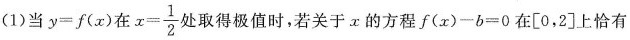
(1)当$$y=f(x)$$在$$x= \frac{1}{2}$$处取得极值时，若关于x的方程$$f(x)-b=0$$在\left [ 0,2\right ]上恰有